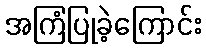
အကြံပြုခဲ့ကြောင်း